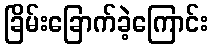
ခြိမ်းခြောက်ခဲ့ကြောင်း